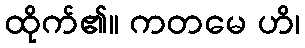
ထိုက်၏။ ကတမေ ဟိ၊